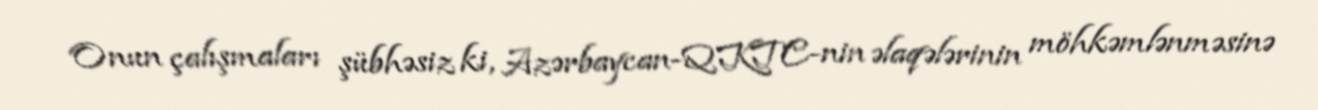
Onun çalışmaları şübhəsiz ki, Azərbaycan-QKTC-nin əlaqələrinin möhkəmlənməsinə